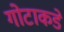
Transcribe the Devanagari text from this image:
गोटाकडे